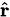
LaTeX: \scriptstyle{\hat{\mathbf{r}}}